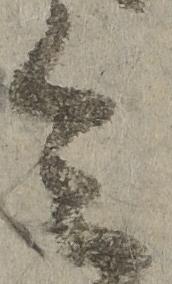
令